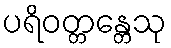
ပရိဝတ္တန္တေသု